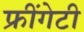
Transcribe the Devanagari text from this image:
फ्रींगेटी